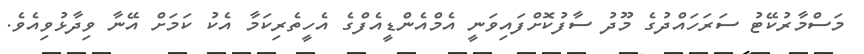
މަސްމާރުކޭޓު ސަރަހައްދުގެ މޫދު ސާފުކޮށްފައިވަނީ އެމްއެންޑީއެފްގެ އެހީތެރިކަމާ އެކު ކަމަށް އޭނާ ވިދާޅުވިއެވެ.